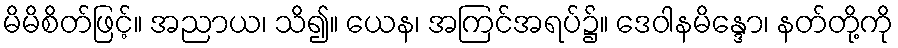
မိမိစိတ်ဖြင့်။ အညာယ၊ သိ၍။ ယေန၊ အကြင်အရပ်၌။ ဒေဝါနမိန္ဒော၊ နတ်တို့ကို